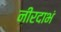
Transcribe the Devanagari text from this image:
नीरदाभं